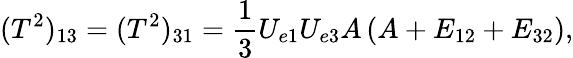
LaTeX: (T^{2})_{13}=(T^{2})_{31}=\frac{1}{3}U_{e1}U_{e3}A\left(A+E_{12}+E_{32}\right),